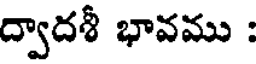
ద్వాదశీ భావము :